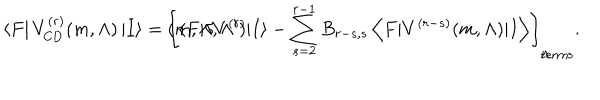
LaTeX: \left< F \right| V _ { \mathrm { C D } } ^ { ( r ) } ( m , \Lambda ) \left| I \right> = \left[ \langle F \vert \delta V ^ { ( r ) } \hspace { - . 0 7 c m } ( m , \Lambda , \Lambda ^ { \prime } ) \vert I \rangle - \sum _ { s = 2 } ^ { r - 1 } B _ { r - s , s } \left< F \vert V ^ { ( r - s ) } ( m , \Lambda ) \vert I \right> \right] _ { \Lambda \hspace { . 1 c m } \mathrm { t e r m s } } .